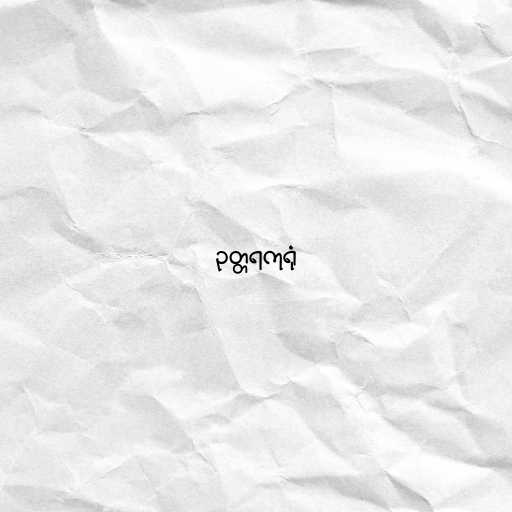
ဥတ္တရကုရုံ